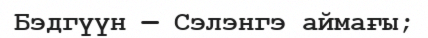
Бэдгүүн — Сэлэнгэ аймағы;